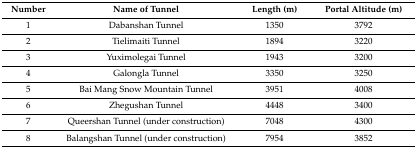
| Number | Name of Tunnel | Length (m) | Portal Altitude (m) |
 | --- | --- | --- | --- |
 | 1 | Dabanshan Tunnel | 1350 | 3792 |
 | 2 | Tielimaiti Tunnel | 1894 | 3220 |
 | 3 | Yuximolegai Tunnel | 1943 | 3200 |
 | 4 | Galongla Tunnel | 3350 | 3250 |
 | 5 | Bai Mang Snow Mountain Tunnel | 3951 | 4008 |
 | 6 | Zhegushan Tunnel | 4448 | 3400 |
 | 7 | Queershan Tunnel (under construction) | 7048 | 4300 |
 | 8 | Balangshan Tunnel (under construction) | 7954 | 3852 |